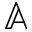
\mathbb { A }